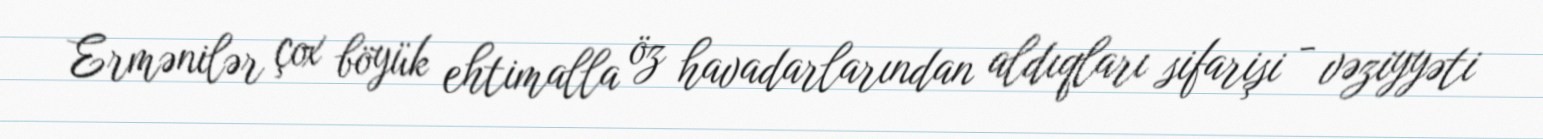
Ermənilər çox böyük ehtimalla öz havadarlarından aldıqları sifarişi - vəziyyəti